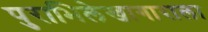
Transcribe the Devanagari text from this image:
पुराभिलेखागाराला